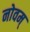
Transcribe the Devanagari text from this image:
नोवम्